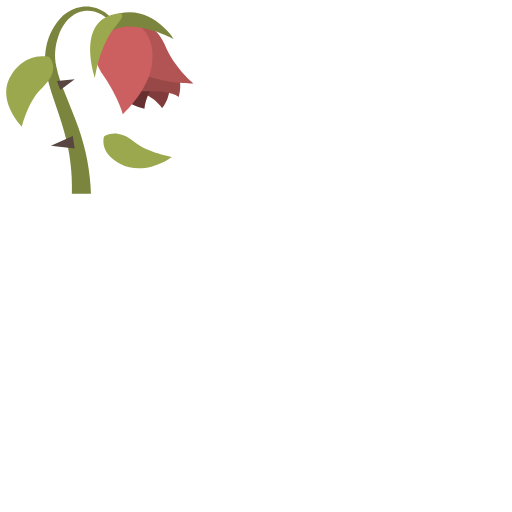
<svg xmlns="http://www.w3.org/2000/svg" width="200" height="200" viewBox="0 0 64 64"><path fill="#7b853d" d="M38.7 15.9c-.2-3.5-1.3-7-3.9-9.5c-1.3-1.3-2.9-2.2-4.6-2.7c-1.8-.5-3.6-.3-5.2.3c-1.6.7-3 1.8-4 3.1s-1.8 2.8-2.3 4.4c-1.1 3.1-1.4 6.4-.7 9.7c.6 3.2 1.9 6.5 3.2 9.7c1.3 3.3 2.7 6.6 3.9 10c2.4 6.8 3.8 14 4 21.1H23c.2-6.7-.6-13.4-2.5-20c-.9-3.3-2.1-6.6-3.2-9.9c-1.1-3.3-2.3-6.8-2.7-10.4c-.5-3.6 0-7.5 1.5-10.9c.8-1.7 1.8-3.4 3.1-4.8c1.3-1.5 3.1-2.7 5.2-3.4c2.1-.7 4.4-.7 6.4 0s3.7 1.9 4.9 3.3c2.3 2.9 3.1 6.5 3 10"/><path fill="#9ca84d" d="M3.9 23.5c4.9-7.1 11.8-5.3 11.8-5.3s4.2 3.9-2.3 10C8.9 32.3 7 40.5 7 40.5s-8.8-8.8-3.1-17m34.5 28.9c-6.9-3.6-5.1-8.7-5.1-8.7s3.8-3.1 9.7 1.7c4 3.3 12 4.8 12 4.8s-8.6 6.5-16.6 2.2"/><path fill="#803c3c" d="M48 17c-7-5.7-10.3-8.7-14.3-6.6c-4 2.1-2 17.2 6.5 18c8.3.8 11.7 6.2 11.7 6.2S59.3 26.2 48 17"/><path fill="#663030" d="M34.8 21.8C33.3 13.7 31 9.7 35 7.6c4-2.1 22 9.8 17.1 15.5c-6 7.1-5.8 11.6-5.8 11.6s-9.2-.8-11.5-12.9"/><path fill="#994848" d="M38.3 27.9c1.9 2.8 14.1-.3 18.9 3.1c0 0 2.2-6.9-2.7-10.2c-2.8-1.8-22.6-2.4-16.2 7.1"/><path fill="#b35454" d="M42.3 22.5c-12.8-6-13.1-13.4-7.8-16.1c5.3-2.7 15 .2 18.2 7.8C55.9 22 62 26.7 62 26.7s-9.9.4-19.7-4.2"/><path fill="#cc6060" d="M48.7 20.2C50.2 7.8 39.4 3.9 34.1 6.6c-5.3 2.7-5.7 10.7-.9 17.7c4.8 7.1 6.1 12.2 6.1 12.2s8.3-7.5 9.4-16.3"/><path fill="#7b853d" d="M36 9.7c-8.1 4.3-7-1.2-1.7-3.9c13-6.7 21.3 6.7 21.3 6.7S43.1 5.8 36 9.7z"/><path fill="#9ca84d" d="M36 9.7c1.5-2.2 6.2-6.6.2-5.1c-11.8 2.9-5.8 20.3-5.8 20.3s1.1-8.8 5.6-15.2"/><path fill="#594640" d="m16.3 46.6l7-3.1l.6 4zm7.6-21.2l-4.6 3.4l-1.1-2.9z"/></svg>